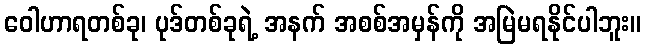
ဝေါဟာရတစ်ခု၊ ပုဒ်တစ်ခုရဲ့ အနက် အစစ်အမှန်ကို အမြဲမရနိုင်ပါဘူး။